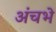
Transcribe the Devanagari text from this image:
अंचभे